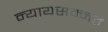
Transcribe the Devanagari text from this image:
न्यायसम्मत